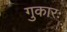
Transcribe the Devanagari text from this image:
गुकारः